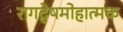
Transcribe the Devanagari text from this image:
रागद्वेषमोहात्मक